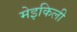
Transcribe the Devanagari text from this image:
मेइकिली